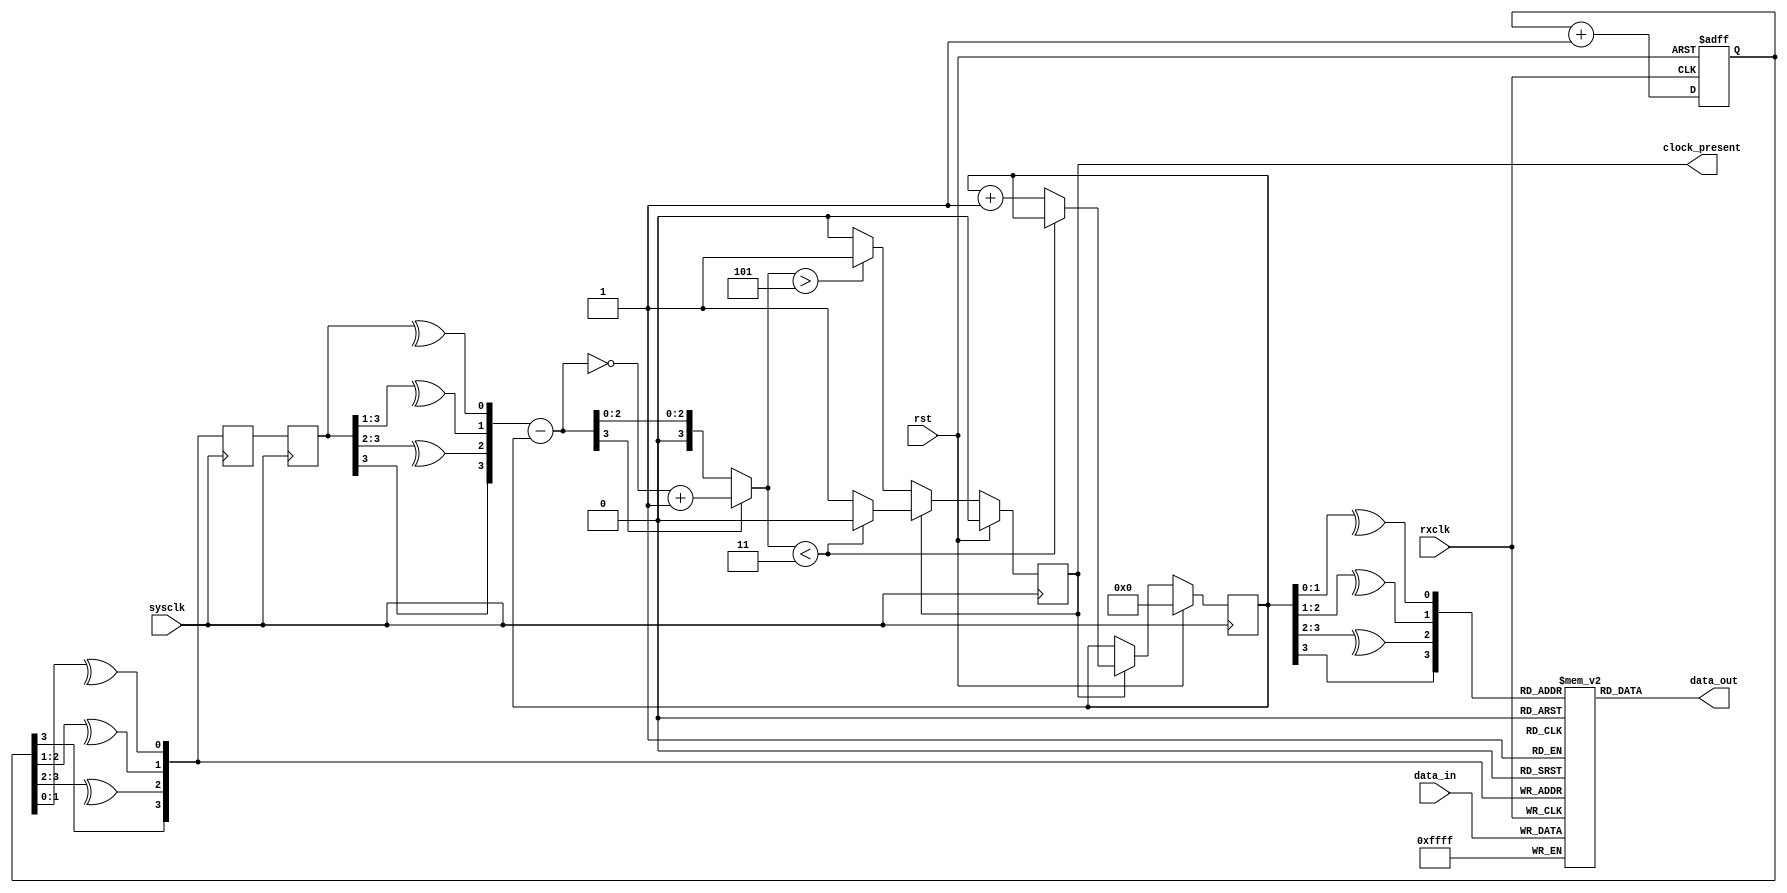
//
// Copyright 2011 Ettus Research LLC
//
// This program is free software: you can redistribute it and/or modify
// it under the terms of the GNU General Public License as published by
// the Free Software Foundation, either version 3 of the License, or
// (at your option) any later version.
//
// This program is distributed in the hope that it will be useful,
// but WITHOUT ANY WARRANTY; without even the implied warranty of
// MERCHANTABILITY or FITNESS FOR A PARTICULAR PURPOSE.  See the
// GNU General Public License for more details.
//
// You should have received a copy of the GNU General Public License
// along with this program.  If not, see <http://www.gnu.org/licenses/>.
//



// Source-synchronous receiver
// Assumes both clocks are at the same rate
// Relative clock phase is
//    unknown
//    variable
//    bounded
// The output will come several cycles later than the input

// This should synthesize efficiently in Xilinx distributed ram cells,
//   which is why we use a buffer depth of 16

// FIXME Async reset on rxclk side?

module ss_rcvr
  #(parameter WIDTH=16)
    (input rxclk,
     input sysclk,
     input rst,
     
     input [WIDTH-1:0] data_in,
     output [WIDTH-1:0] data_out,
     output reg clock_present);
   
   wire [3:0] rd_addr, wr_addr;

   // Distributed RAM
   reg [WIDTH-1:0] buffer [0:15];
   always @(posedge rxclk)
     buffer[wr_addr] <= data_in;
   
   assign 	   data_out = buffer[rd_addr];
   
   // Write address generation
   reg [3:0] 	   wr_counter;
   always @(posedge rxclk or posedge rst)
     if (rst)
       wr_counter <= 0;
     else
       wr_counter <= wr_counter + 1;
   
   assign 	   wr_addr = {wr_counter[3], ^wr_counter[3:2], ^wr_counter[2:1], ^wr_counter[1:0]};
   
   // Read Address generation
   wire [3:0] 	   wr_ctr_sys, diff, abs_diff;
   reg [3:0] 	   wr_addr_sys_d1, wr_addr_sys_d2;
   reg [3:0] 	   rd_counter;
   
   assign 	   rd_addr = {rd_counter[3], ^rd_counter[3:2], ^rd_counter[2:1], ^rd_counter[1:0]};
   
   always @(posedge sysclk)
     wr_addr_sys_d1 <= wr_addr;
   
   always @(posedge sysclk)
     wr_addr_sys_d2 <= wr_addr_sys_d1;
   
   assign 	   wr_ctr_sys = {wr_addr_sys_d2[3],^wr_addr_sys_d2[3:2],^wr_addr_sys_d2[3:1],^wr_addr_sys_d2[3:0]};
   
   assign 	   diff = wr_ctr_sys - rd_counter;
   assign 	   abs_diff = diff[3] ? (~diff+1) : diff;
   
   always @(posedge sysclk)
     if(rst)
       begin
	  clock_present <= 0;
	  rd_counter <= 0;
       end
     else 
       if(~clock_present)
	 if(abs_diff > 5)
	   clock_present <= 1;
	 else
	   ;
       else
	 if(abs_diff<3)
	   clock_present <= 0;
	 else
	   rd_counter <= rd_counter + 1;

endmodule // ss_rcvr